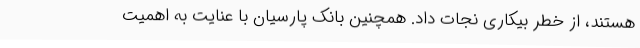
هستند، از خطر بیکاری نجات داد. همچنین بانک پارسیان با عنایت به اهمیت